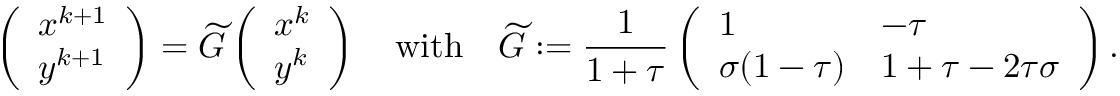
\left( \begin{array} { l } { x ^ { k + 1 } } \\ { y ^ { k + 1 } } \end{array} \right) = \widetilde G \left( \begin{array} { l } { x ^ { k } } \\ { y ^ { k } } \end{array} \right) \quad \mathrm { w i t h } \quad \widetilde G : = \frac { 1 } { 1 + \tau } \left( \begin{array} { l l } { 1 } & { - \tau } \\ { \sigma ( 1 - \tau ) } & { 1 + \tau - 2 \tau \sigma } \end{array} \right) .